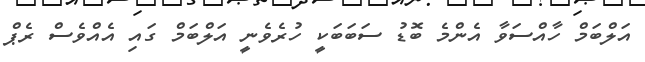
އަލްބަމް ހާއްސަވާ އެންމެ ބޮޑު ސަބަބަކީ ހުރެވެނީ އަލްބަމް ގައި އެއްވެސް ރެޕް